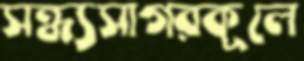
সন্ধ্যসাগরকূলে